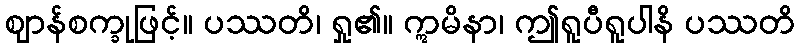
ဈာန်စက္ခုဖြင့်။ ပဿတိ၊ ရှု၏။ ဣမိနာ၊ ဤရူပီရူပါနိ ပဿတိ